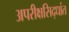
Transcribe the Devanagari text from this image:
अपरीक्षसिद्धांत